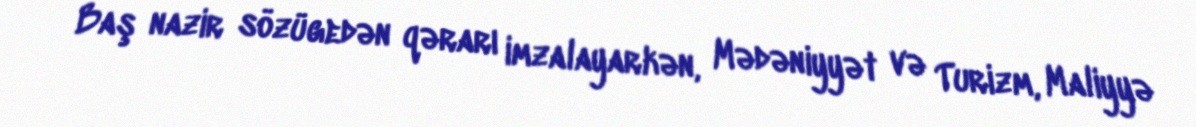
Baş nazir sözügedən qərarı imzalayarkən, Mədəniyyət və Turizm, Maliyyə